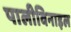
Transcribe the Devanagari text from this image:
पालीविनाइल